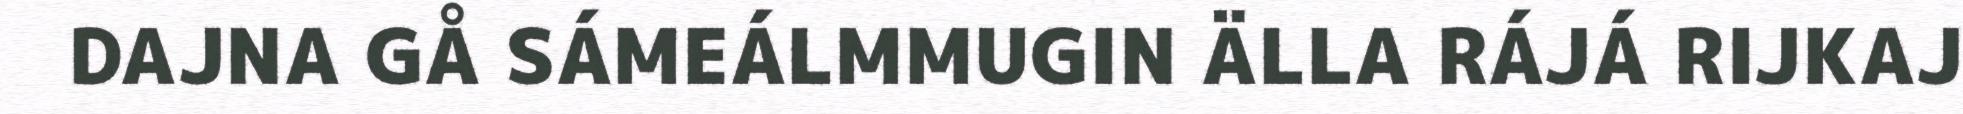
DAJNA GÅ SÁMEÁLMMUGIN ÄLLA RÁJÁ RIJKAJ